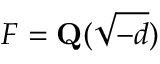
F = \mathbf { Q } ( { \sqrt { - d } } )